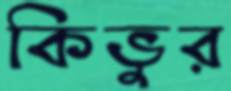
কিভুর